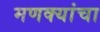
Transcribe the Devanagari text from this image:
मणक्यांचा